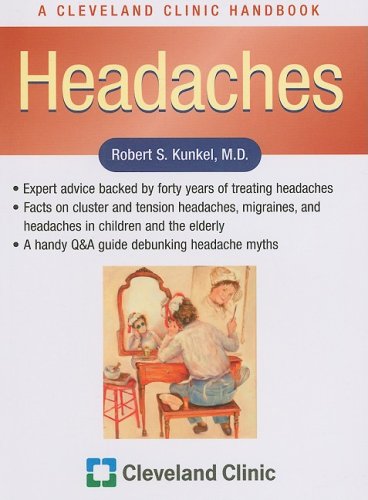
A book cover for Headaches (Cleveland Clinic Guides); Robert S Kunkel; Health, Fitness & Dieting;